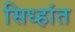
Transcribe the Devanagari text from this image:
सिध्हांत